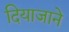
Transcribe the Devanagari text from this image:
दियाजाने